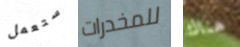
ستعمل للمخدرات هناك